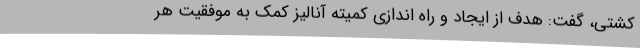
کشتی، گفت: هدف از ایجاد و راه اندازی کمیته آنالیز کمک به موفقیت هر